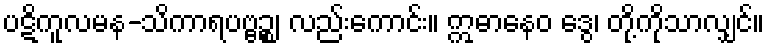
ပဋိကူလမန-သိကာရပဗ္ဗဉ္စ၊ လည်းကောင်း။ ဣဓာနေဝ ဒွေ၊ တို့ကိုသာလျှင်။